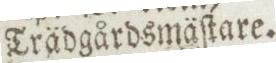
Trädgårdsmäſtare.